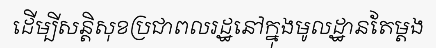
ដើម្បីសន្តិសុខប្រជាពលរដ្ឋនៅក្នុងមូលដ្ឋានតែម្តង